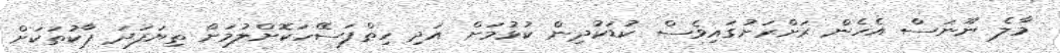
މާލެ ނޫނަސް އެހެން ރަށްރަށުގައިވެސް ކުޑަކުދިން ކުޅުމަށް އަދި ހިތްފަސޭހަކޮށްލުމަށް ތިޔަފަދަ ޕާކުތަކަށް